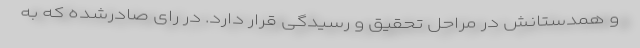
و همدستانش در مراحل تحقیق و رسیدگی قرار دارد. در رای صادرشده که به